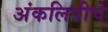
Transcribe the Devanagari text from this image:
अंकलिपीचे